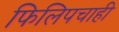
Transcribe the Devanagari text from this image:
फिलिपचाही